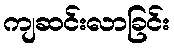
ကျဆင်းလာခြင်း